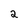
Character: 2